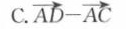
C. $$\overrightarrow { A D } - \overrightarrow { A C }$$